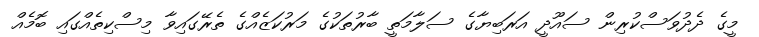
މީގެ ދެދުވަސްކުރިން ސައޫދީ އަރަބިޔާގެ ސަލާމަތީ ބާރުތަކުގެ މަރުކަޒެއްގެ ތެރޭގައިވާ މިސްކިތެއްގައި ބޮމެއް